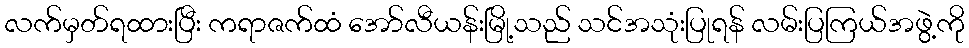
လက်မှတ်ရထားပြီး ကရာဇက်ထံ အော်လီယန်းမြို့သည် သင်အသုံးပြုရန် လမ်းပြကြယ်အဖွဲ့ကို